Vaccination in the Punjab 1897-1904 - 1897-1904
Year: 1897
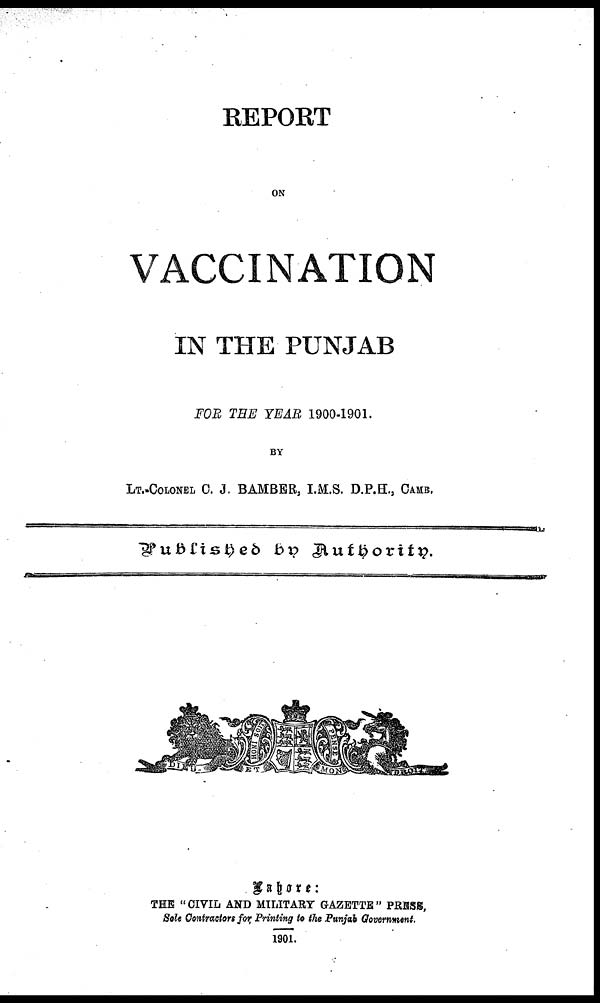
REPORT
ON
VACCINATION
IN THE PUNJAB
FOR THE YEAR 1900-1901.
BY
LT. -COLONEL C. J. BAMBER, I.M.S. D.P.H., CAMB.
Published by Authority.
Lahore:
THE "CIVIL AND MILITARY GAZETTE" PRESS,
Sole Contractors for Printing to the Punjab Government.
1901.